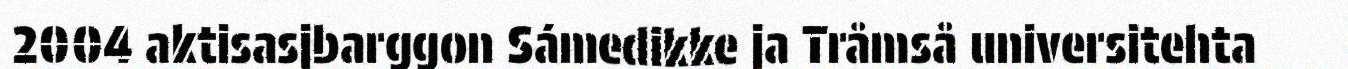
2004 aktisasjbarggon Sámedikke ja Tråmså universitehta